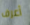
أعرف